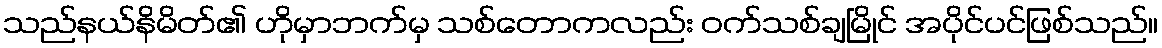
သည်နယ်နိမိတ်၏ ဟိုမှာဘက်မှ သစ်တောကလည်း ဝက်သစ်ချမြိုင် အပိုင်ပင်ဖြစ်သည်။